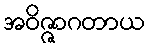
အဝိဇ္ဇာဂတာယ